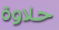
حلاوة